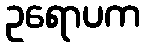
ဥရောပက